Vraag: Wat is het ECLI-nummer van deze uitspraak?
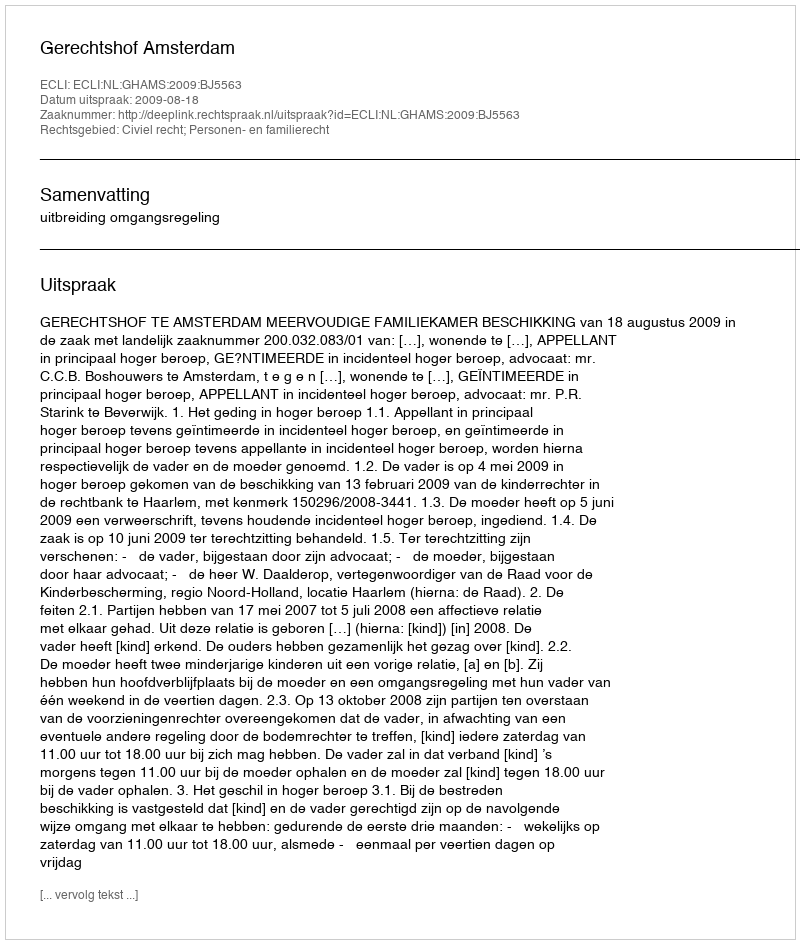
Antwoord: ECLI:NL:GHAMS:2009:BJ5563